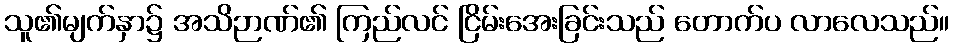
သူ၏မျက်နှာ၌ အသိဉာဏ်၏ ကြည်လင် ငြိမ်းအေးခြင်းသည် တောက်ပ လာလေသည်။